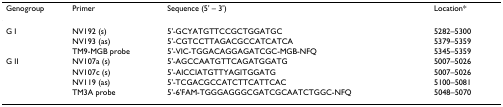
<table><thead><tr><td><b>Genogroup</b></td><td><b>Primer</b></td><td><b>Sequence (5&#x27; – 3&#x27;)</b></td><td><b>Location*</b></td></tr></thead><tbody><tr><td>G I</td><td>NV192 (s)</td><td>5&#x27;-GCYATGTTCCGCTGGATGC</td><td>5282–5300</td></tr><tr><td></td><td>NV193 (as)</td><td>5&#x27;-CGTCCTTAGACGCCATCATCA</td><td>5379–5359</td></tr><tr><td></td><td>TM9-MGB probe</td><td>5&#x27;-VIC-TGGACAGGAGATCGC-MGB-NFQ</td><td>5345–5359</td></tr><tr><td>G II</td><td>NV107a (s)</td><td>5&#x27;-AGCCAATGTTCAGATGGATG</td><td>5007–5026</td></tr><tr><td></td><td>NV107c (s)</td><td>5&#x27;-AICCIATGTTYAGITGGATG</td><td>5007–5026</td></tr><tr><td></td><td>NV119 (as)</td><td>5&#x27;-TCGACGCCATCTTCATTCAC</td><td>5100–5081</td></tr><tr><td></td><td>TM3A probe</td><td>5&#x27;-6&#x27;FAM-TGGGAGGGCGATCGCAATCTGGC-NFQ</td><td>5048–5070</td></tr></tbody></table>